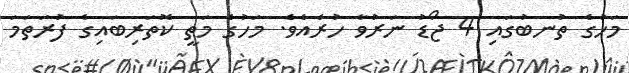
މަހުގެ ތުނބުގައި 4 ޖޯޑު ނަރުވާ ހުރެއެވެ. މަހުގެ މަތީ ކޮތަރިބައިގެ ފުރަތަމަ